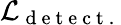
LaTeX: \mathcal{L}_{\mathrm{~d~e~t~e~c~t~.~}}